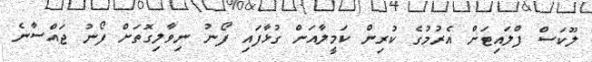
ލޫކަސް ފްލައިޓަށް އެރުމުގެ ކުރިން ކަމީލާއަށް ގުޅާފައި ފޯނު ނިވާލިގޮތަށް ފޯނު ޖައްސާނެ